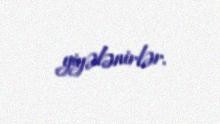
yiyələnirlər.